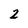
Character: 2